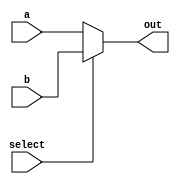
/*
SINGLE CYCLE CPU (KGPRISC)
ASSIGNMENT: 7
GROUP: 32
NAME: Nikhil Nayan Jha (16CS30022)
	   Sarthak Chakraborty (16CS30044)
*/

`timescale 1ns / 1ps
module mux_32bit(input select,
					  input [31:0] a,
					  input [31:0] b,
					  output [31:0] out
    );

	assign out = select?b:a;

endmodule